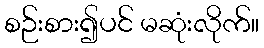
စဉ်းစား၍ပင် မဆုံးလိုက်။